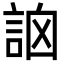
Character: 䛜